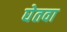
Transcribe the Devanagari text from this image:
घेतवा